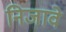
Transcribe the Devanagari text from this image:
निजावे